Annual report on the health of the army in India
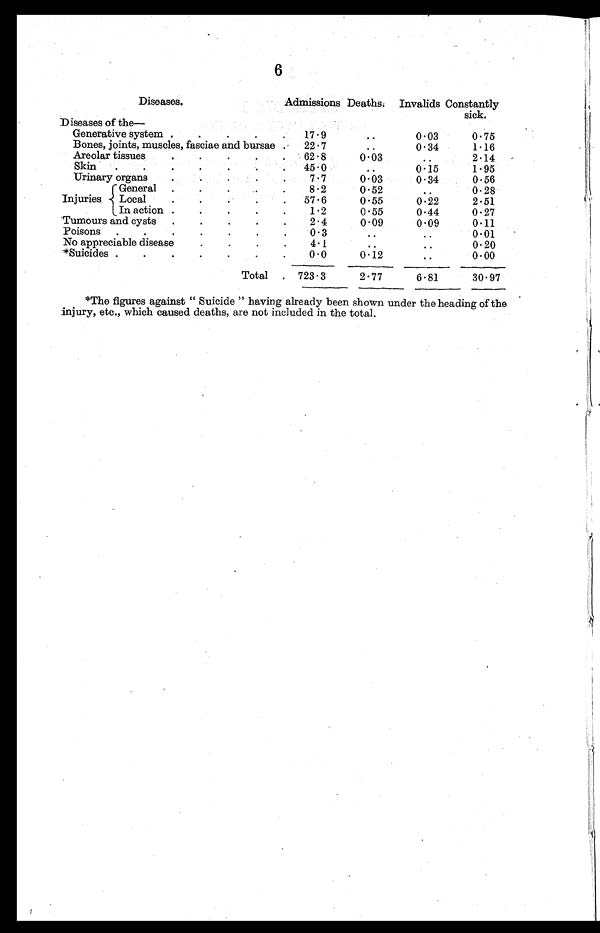
6
Diseases.
Admissions Deaths. Invalids Constantly
sick.
Diseases of the
Generative system
17.9
..
0.03
0.75
Bones, joints, muscles, fasciae and bursae
22.7
0.34
1.16
Areolar tissues
62.8
0.03
2.14
Skin
45.0
0.15
1.95
Urinary organs
.
.
.
.
7.7
0.03
0.34
0.56
Injuries
General
8.2
0.5
..
0.28
Local
57.6
0.55
0.22
2.51
In action
1.2
0.55
0.44
0.27
Tumours and cysts
2.4
0.09
0.09
0.11
Poisons
0.3
0.01
No appreciable disease
4.1
..
..
0.20
*Suicides
0.0
0.12
..
0.00
Total
723 . 3
2.77
6.81
30.97
*The figures against “Suicide ” having already been shown under the heading of the
injury, etc., which caused deaths, are not included in the total.